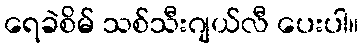
ရေခဲစိမ် သစ်သီးဂျယ်လီ ပေးပါ။